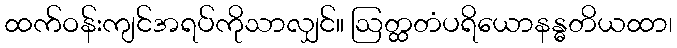
ထက်ဝန်းကျင်အရပ်ကိုသာလျှင်။ ဩတ္ထတံပရိယောနန္ဓတိယထာ၊